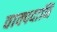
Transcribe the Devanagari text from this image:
वाक्पदानि